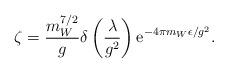
LaTeX: \begin{align*}\zeta=\frac{m_W^{7/2}}{g}\delta\left(\frac{\lambda}{g^2}\right){\rm e}^{-4\pi m_W\epsilon/g^2}.\end{align*}